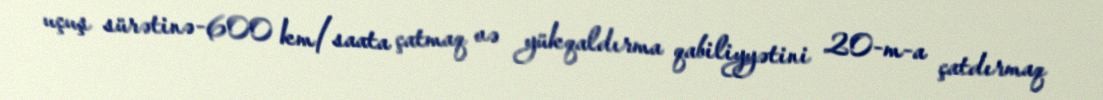
uçuş sürətinə-600 km/saata çatmaq və yükqaldırma qabiliyyətini 20-m-a çatdırmaq